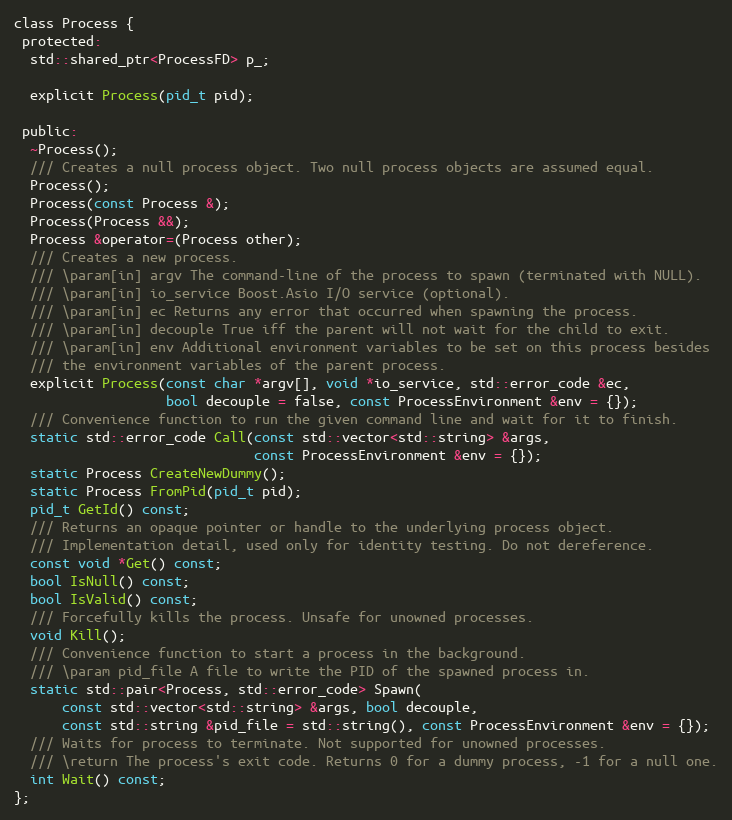
Language: C
class Process {
 protected:
  std::shared_ptr<ProcessFD> p_;

  explicit Process(pid_t pid);

 public:
  ~Process();
  /// Creates a null process object. Two null process objects are assumed equal.
  Process();
  Process(const Process &);
  Process(Process &&);
  Process &operator=(Process other);
  /// Creates a new process.
  /// \param[in] argv The command-line of the process to spawn (terminated with NULL).
  /// \param[in] io_service Boost.Asio I/O service (optional).
  /// \param[in] ec Returns any error that occurred when spawning the process.
  /// \param[in] decouple True iff the parent will not wait for the child to exit.
  /// \param[in] env Additional environment variables to be set on this process besides
  /// the environment variables of the parent process.
  explicit Process(const char *argv[], void *io_service, std::error_code &ec,
                   bool decouple = false, const ProcessEnvironment &env = {});
  /// Convenience function to run the given command line and wait for it to finish.
  static std::error_code Call(const std::vector<std::string> &args,
                              const ProcessEnvironment &env = {});
  static Process CreateNewDummy();
  static Process FromPid(pid_t pid);
  pid_t GetId() const;
  /// Returns an opaque pointer or handle to the underlying process object.
  /// Implementation detail, used only for identity testing. Do not dereference.
  const void *Get() const;
  bool IsNull() const;
  bool IsValid() const;
  /// Forcefully kills the process. Unsafe for unowned processes.
  void Kill();
  /// Convenience function to start a process in the background.
  /// \param pid_file A file to write the PID of the spawned process in.
  static std::pair<Process, std::error_code> Spawn(
      const std::vector<std::string> &args, bool decouple,
      const std::string &pid_file = std::string(), const ProcessEnvironment &env = {});
  /// Waits for process to terminate. Not supported for unowned processes.
  /// \return The process's exit code. Returns 0 for a dummy process, -1 for a null one.
  int Wait() const;
};